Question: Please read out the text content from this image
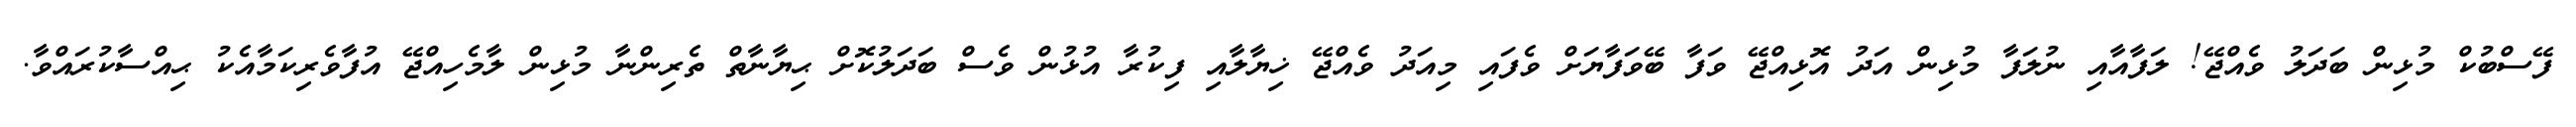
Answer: ފޭސްބުކް މުޅިން ބަދަލު ވެއްޖޭ! ލަފާއާއި ނުލަފާ މުޅިން އަދު އޮޅިއްޖޭ ވަފާ ބޭވަފާޔަށް ވެފައި މިއަދު ވެއްޖޭ ޚިޔާލާއި ފިކުރާ އުޅުން ވެސް ބަދަލުކޮށް ޙިޔާނާތް ތެރިންނާ މުޅިން ލާމެހިއްޖޭ އުފާވެރިކަމާއެކު ޙިއްސާކުރައްވާ.